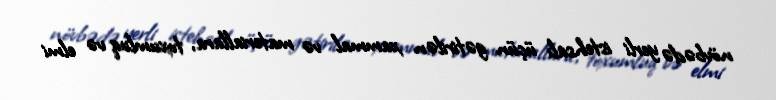
növbədə yerli istehsalı üçün gətirilən xammal və materiallara, toxumluq və elmi